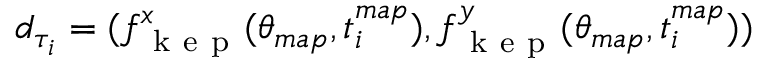
d _ { \tau _ { i } } = ( f _ { \mathrm { ~ k ~ e ~ p ~ } } ^ { x } ( \theta _ { m a p } , t _ { i } ^ { m a p } ) , f _ { \mathrm { ~ k ~ e ~ p ~ } } ^ { y } ( \theta _ { m a p } , t _ { i } ^ { m a p } ) )